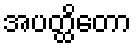
အပတ္ထိတော